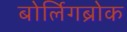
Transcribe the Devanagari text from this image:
बोर्लिगब्रोक